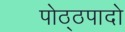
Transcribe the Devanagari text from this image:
पोठ्ठपादो